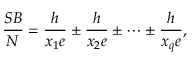
\frac { S B } { N } = \frac { h } { x _ { 1 } e } \pm \frac { h } { x _ { 2 } e } \pm \dots \pm \frac { h } { x _ { q } e } ,